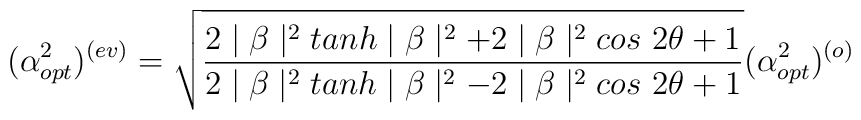
(\alpha_{opt}^{2})^{(ev)}=\sqrt{\frac{ 2\mid \beta \mid^{2}tanh \mid \beta \mid^{2}+2\mid \beta \mid^{2}cos~2\theta+1}{ 2\mid \beta \mid^{2}tanh \mid \beta \mid^{2}-2\mid \beta \mid^{2}cos~2\theta+1}}(\alpha_{opt}^{2})^{(o)}\nonumber\\